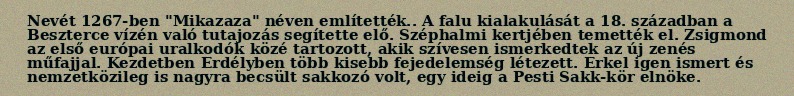
Nevét 1267-ben "Mikazaza" néven említették.. A falu kialakulását a 18. században a Beszterce vízén való tutajozás segítette elő. Széphalmi kertjében temették el. Zsigmond az első európai uralkodók közé tartozott, akik szívesen ismerkedtek az új zenés műfajjal. Kezdetben Erdélyben több kisebb fejedelemség létezett. Erkel igen ismert és nemzetközileg is nagyra becsült sakkozó volt, egy ideig a Pesti Sakk-kör elnöke.